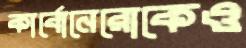
কার্বোনেরোকেও